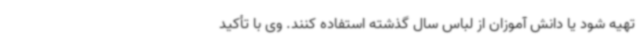
تهیه شود یا دانش آموزان از لباس سال گذشته استفاده کنند. وی با تأکید